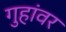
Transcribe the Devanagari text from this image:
गुहांवर